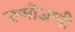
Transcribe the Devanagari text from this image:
जन्मोजन्मी